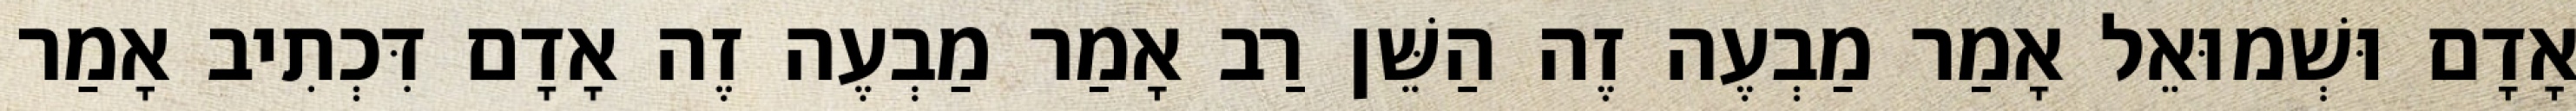
אָדָם וּשְׁמוּאֵל אָמַר מַבְעֶה זֶה הַשֵּׁן רַב אָמַר מַבְעֶה זֶה אָדָם דִּכְתִיב אָמַר